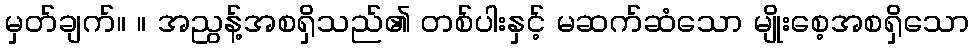
မှတ်ချက်။ ။ အညွန့်အစရှိသည်၏ တစ်ပါးနှင့် မဆက်ဆံသော မျိုးစေ့အစရှိသော